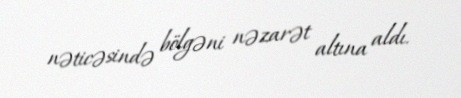
nəticəsində bölgəni nəzarət altına aldı.